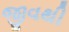
જીવથી